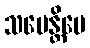
သမေန္တိပေ